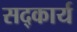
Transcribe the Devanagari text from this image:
सद्कार्य